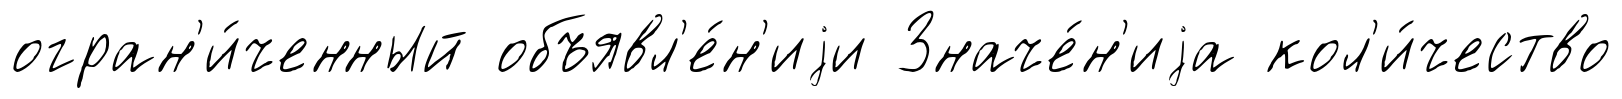
огран'и́ченный объявл'е́н'иjи Значе́н'иjа кол'и́чество